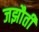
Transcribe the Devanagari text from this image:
जझौती